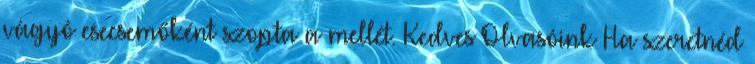
vágyó csecsemőként szopta a mellét. Kedves Olvasóink Ha szeretnéd